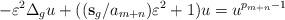
LaTeX: \begin{align*}-\varepsilon^2 \Delta_g u + ( ({\bf s}_g /a_{m+n} ) \varepsilon^2 + 1 ) u = u^{p_{m+n}-1} \end{align*}